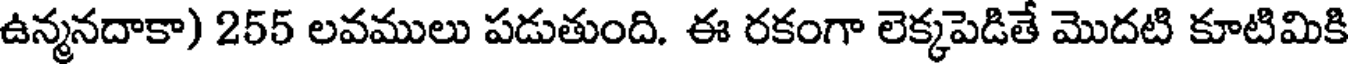
ఉన్మనదాకా) 255 లవములు పడుతుంది. ఈ రకంగా లెక్కపెడితే మొదటి కూటిమికి